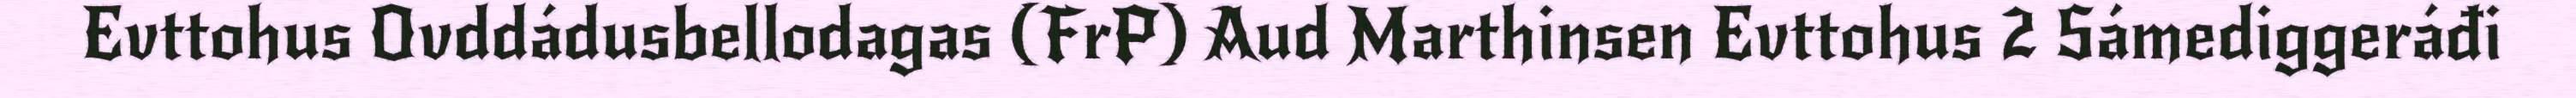
Evttohus Ovddádusbellodagas (FrP) Aud Marthinsen Evttohus 2 Sámediggeráđi